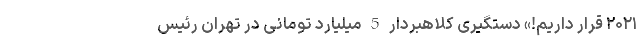
۲۰۲۱ قرار داریم!» دستگیری کلاهبردار 5 میلیارد تومانی در تهران رئیس